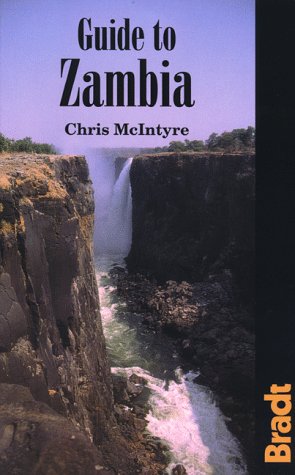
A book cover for Guide to Zambia (Bradt Guides); Chris McIntyre; Travel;